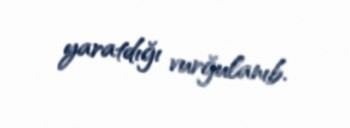
yaratdığı vurğulanıb.